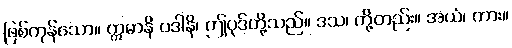
ဖြစ်ကုန်သော။ ဣမာနိ ပဒါနိ၊ ဤပုဒ်တို့သည်။ ဒသ၊ တို့တည်း။ အယံ၊ ကား။